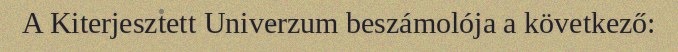
A Kiterjesztett Univerzum beszámolója a következő: